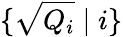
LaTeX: \{ {\sqrt{Q_{i}}}\mid i\}